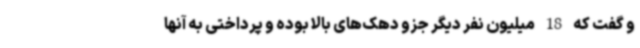
و گفت که 18 میلیون نفر دیگر جزو دهک‌های بالا بوده و پرداختی به آنها